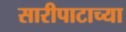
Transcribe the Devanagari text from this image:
सारीपाटाच्या